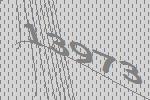
13973